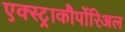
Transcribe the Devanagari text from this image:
एक्स्ट्राकौर्पोरिअल